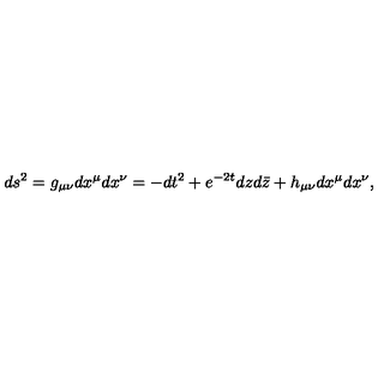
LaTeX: d s ^ { 2 } = g _ { \mu \nu } d x ^ { \mu } d x ^ { \nu } = - d t ^ { 2 } + e ^ { - 2 t } d z d \bar { z } + h _ { \mu \nu } d x ^ { \mu } d x ^ { \nu } ,